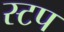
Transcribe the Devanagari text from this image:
स्टप